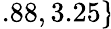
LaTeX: \! \! \! \! \! \! \! \! \! \! \! \! \! \! \! \overline{{\epsilon}}_{r}\! \! =\! \! \{ 1.88,3.25\} \!